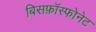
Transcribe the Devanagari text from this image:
बिसफ़ॉस्फोनेट